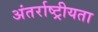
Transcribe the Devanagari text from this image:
अंतर्राष्ट्रीयता